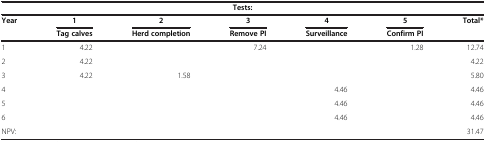
<table><thead><tr><td colspan="7"><b>Tests:</b></td></tr><tr><td><b>Year</b></td><td><b>1</b></td><td><b>2</b></td><td><b>3</b></td><td><b>4</b></td><td><b>5</b></td><td><b>Total*</b></td></tr><tr><td><b> </b></td><td><b>Tag calves</b></td><td><b>Herd completion</b></td><td><b>Remove PI</b></td><td><b>Surveillance</b></td><td><b>Confirm PI</b></td><td><b> </b></td></tr></thead><tbody><tr><td>1</td><td>4.22</td><td> </td><td>7.24</td><td> </td><td>1.28</td><td>12.74</td></tr><tr><td>2</td><td>4.22</td><td> </td><td> </td><td> </td><td> </td><td>4.22</td></tr><tr><td>3</td><td>4.22</td><td>1.58</td><td> </td><td> </td><td> </td><td>5.80</td></tr><tr><td>4</td><td> </td><td> </td><td> </td><td>4.46</td><td> </td><td>4.46</td></tr><tr><td>5</td><td> </td><td> </td><td> </td><td>4.46</td><td> </td><td>4.46</td></tr><tr><td>6</td><td> </td><td> </td><td> </td><td>4.46</td><td> </td><td>4.46</td></tr><tr><td>NPV:</td><td> </td><td> </td><td> </td><td> </td><td> </td><td>31.47</td></tr></tbody></table>